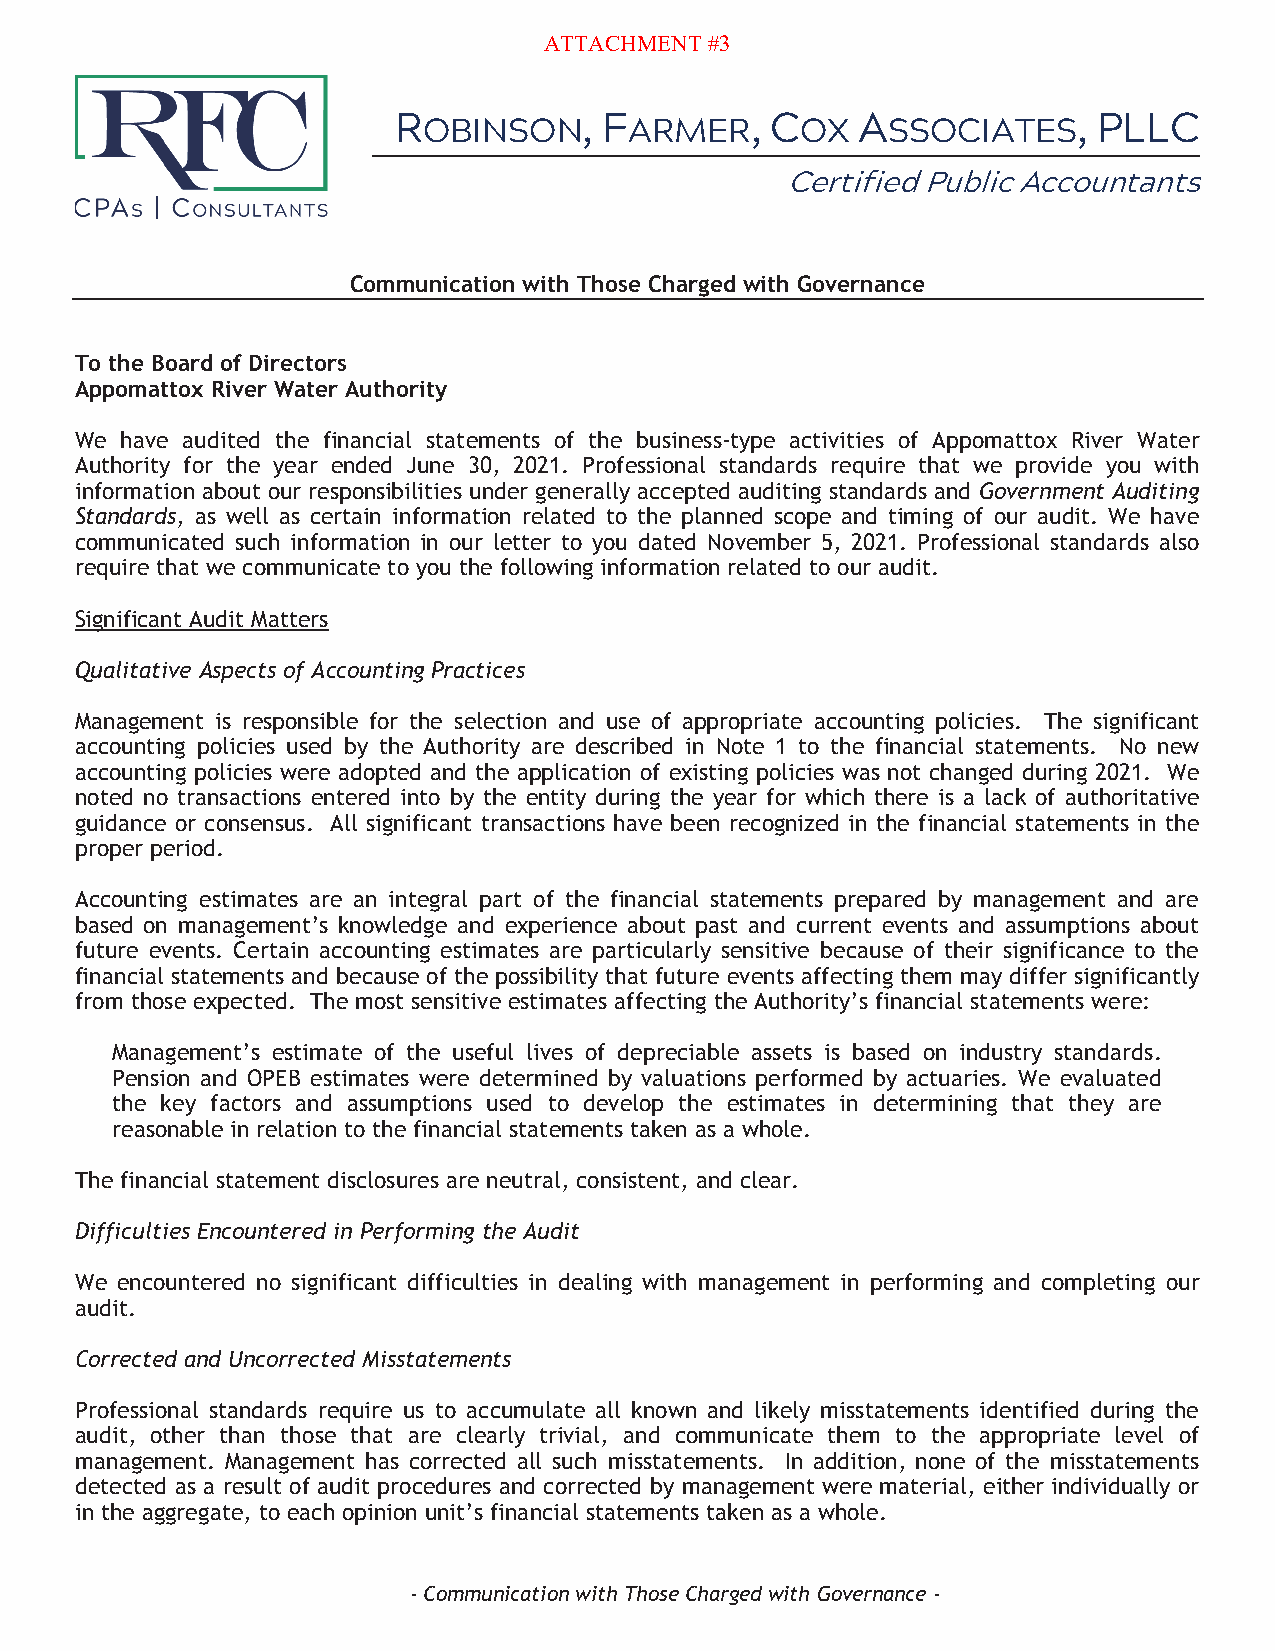
ATTACHMENT #3
 R            , F        , C    A             , PLLC
 OBINSON       ARMER      OX    SSOCIATES
 Certified Public Accountants
 Communication with Those Charged with Governance
 To the Board of Directors
 Appomattox River Water Authority
 We have audited the financial statements of the business-type activities of Appomattox River Water
 Authority for the year ended June 30, 2021. Professional standards require that we provide you with
 information about our responsibilities under generally accepted auditing standards and Government Auditing
 Standards, as well as certain information related to the planned scope and timing of our audit. We have
 communicated such information in our letter to you dated November 5, 2021. Professional standards also
 require that we communicate to you the following information related to our audit.
 Significant Audit Matters
 Qualitative Aspects of Accounting Practices
 Management is responsible for the selection and use of appropriate accounting policies. The significant
 accounting policies used by the Authority are described in Note 1 to the financial statements. No new
 accounting policies were adopted and the application of existing policies was not changed during 2021. We
 noted no transactions entered into by the entity during the year for which there is a lack of authoritative
 guidance or consensus. All significant transactions have been recognized in the financial statements in the
 proper period.
 Accounting estimates are an integral part of the financial statements prepared by management and are
 based on management’s knowledge and experience about past and current events and assumptions about
 future events. Certain accounting estimates are particularly sensitive because of their significance to the
 financial statements and because of the possibility that future events affecting them may differ significantly
 from those expected. The most sensitive estimates affecting the Authority’s financial statements were:
 Management’s estimate of the useful lives of depreciable assets is based on industry standards.
 Pension and OPEB estimates were determined by valuations performed by actuaries. We evaluated
 the key factors and assumptions used to develop the estimates in determining that they are
 reasonable in relation to the financial statements taken as a whole.
 The financial statement disclosures are neutral, consistent, and clear.
 Difficulties Encountered in Performing the Audit
 We encountered no significant difficulties in dealing with management in performing and completing our
 audit.
 Corrected and Uncorrected Misstatements
 Professional standards require us to accumulate all known and likely misstatements identified during the
 audit, other than those that are clearly trivial, and communicate them to the appropriate level of
 management. Management has corrected all such misstatements. In addition, none of the misstatements
 detected as a result of audit procedures and corrected by management were material, either individually or
 in the aggregate, to each opinion unit’s financial statements taken as a whole.
 -Communication with Those Charged with Governance -